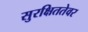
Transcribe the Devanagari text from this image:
सुरक्षिततेवर